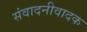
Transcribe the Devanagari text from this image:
संवादनीवादक